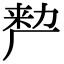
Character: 𭆉